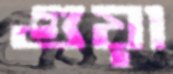
গুয়া